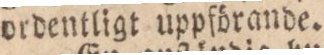
ordentligt uppförande.